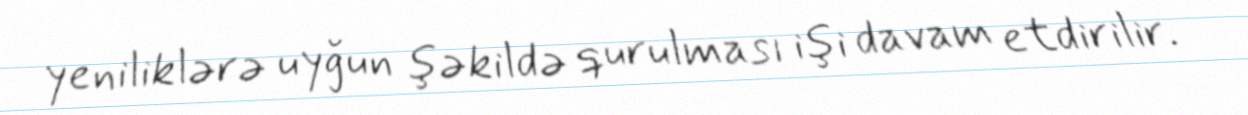
yeniliklərə uyğun şəkildə qurulması işi davam etdirilir.